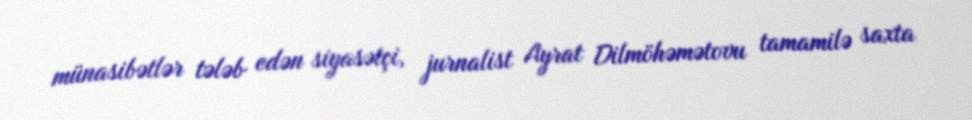
münasibətlər tələb edən siyasətçi, jurnalist Ayrat Dilmöhəmətovu tamamilə saxta